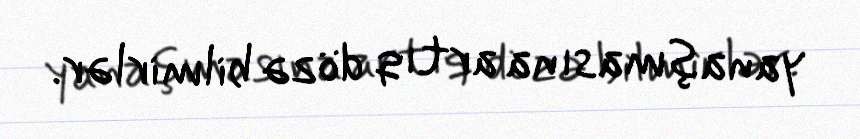
yanaşmasına artıq dözə bilmirlər.